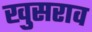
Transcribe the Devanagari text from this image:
खुसराव